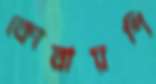
কোরায়শি